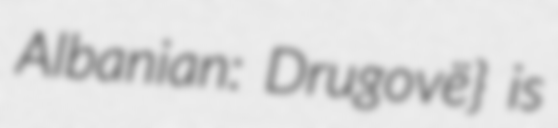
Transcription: Albanian: Drugovë} is